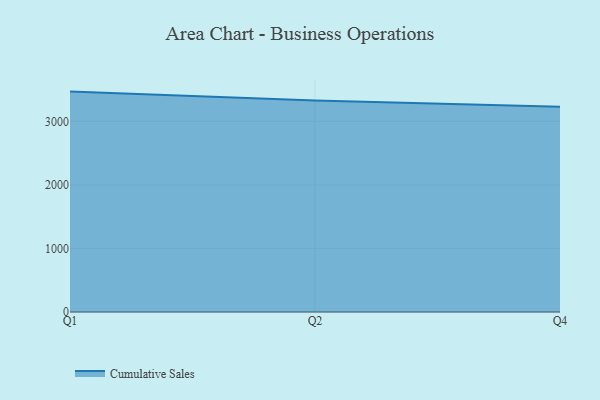
{"axis": {"x": "Quarter", "y": "Gross Profit (USD K)"}, "legend": ["Cumulative Sales"], "data": [{"x": "Q1", "y": 3469.1, "type": "Cumulative Sales"}, {"x": "Q2", "y": 3329.2, "type": "Cumulative Sales"}, {"x": "Q4", "y": 3229.3, "type": "Cumulative Sales"}]}